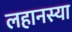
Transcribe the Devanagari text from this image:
लहानस्या